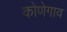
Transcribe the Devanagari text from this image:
कोणेगाव